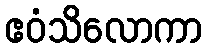
ဧဝံသိလောကာ